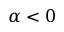
\alpha < 0